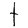
Character: t